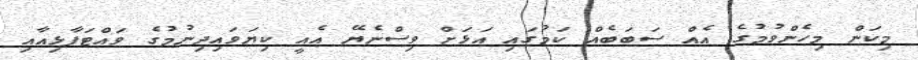
މިކަން މިހެންވުމުގެ އެއް ސަބަބެއް ކަމުގައި އަޅަށް ވިސްނެޔޭ އެއީ ކިޔަވައިދިނުމުގެ ވައްޓަފާޅިއާއި